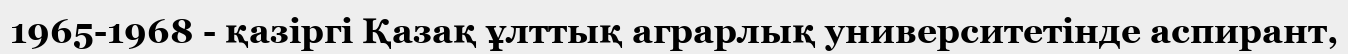
1965-1968 - қазіргі Қазақ ұлттық аграрлық университетінде аспирант,